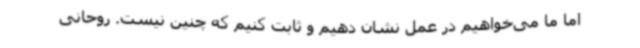
اما ما می‌خواهیم در عمل نشان دهیم و ثابت کنیم که چنین نیست. روحانی